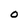
Character: O